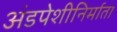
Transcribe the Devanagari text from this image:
अंडपेशीनिर्माता